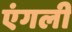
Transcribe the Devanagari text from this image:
एंगली